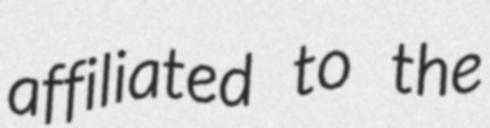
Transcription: affiliated to the